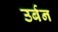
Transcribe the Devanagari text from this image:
उर्बन